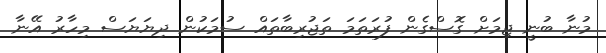
މުނާ ބުނީ ޖިމަށް ގޮސްގެން ފުރަތަމަ ތަޖުރިބާތައް ސުމަކުން ދިޔަޔަސް މިހާރު އޭނާ